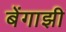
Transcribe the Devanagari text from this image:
बेंगाझी